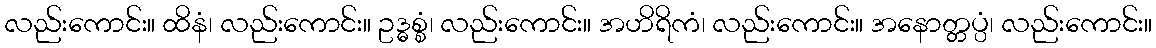
လည်းကောင်း။ ထိနံ၊ လည်းကောင်း။ ဥဒ္ဓစ္စံ၊ လည်းကောင်း။ အဟိရိကံ၊ လည်းကောင်း။ အနောတ္တပ္ပံ၊ လည်းကောင်း။